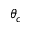
\theta _ { c }